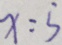
x : 5